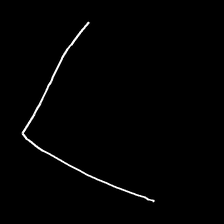
Glyph: region